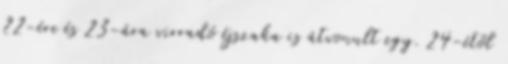
22-ére és 23-ára virradó éjszaka is átvonult egy. 24-étől